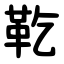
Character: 䩐